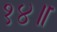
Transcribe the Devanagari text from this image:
१४॥